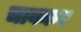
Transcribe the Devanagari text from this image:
चाबकर